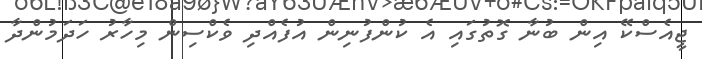
ޖީއެސްކޭ އިން ބުނާ ގޮތުގައި އެ ކުންފުނިން އުފެއްދި ވެކްސިން މިހާރު ހަދަމުންދާ